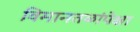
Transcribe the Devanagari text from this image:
विमानतळांपेक्षा